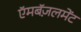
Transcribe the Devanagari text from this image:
ऍमबॅज़लमेंट